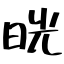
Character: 晄